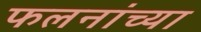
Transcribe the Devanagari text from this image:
फलनांच्या